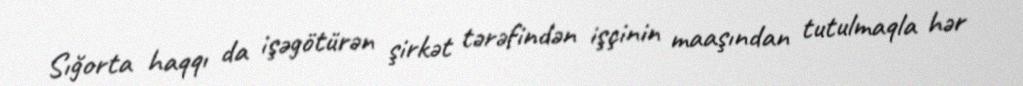
Sığorta haqqı da işəgötürən şirkət tərəfindən işçinin maaşından tutulmaqla hər